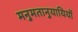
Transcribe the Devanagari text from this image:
मनुमतानुयायियों